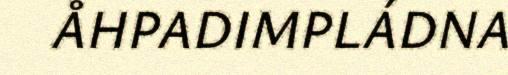
ÅHPADIMPLÁDNA